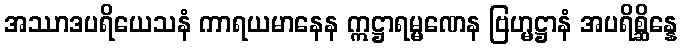
အဿာဒပရိယေသနံ ကာရယမာနေန ဣဋ္ဌာရမ္မဏေန ဗြဟ္မဋ္ဌာနံ အပရိစ္ဆိန္နေ